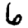
Digit: 6